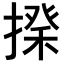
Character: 𢲇